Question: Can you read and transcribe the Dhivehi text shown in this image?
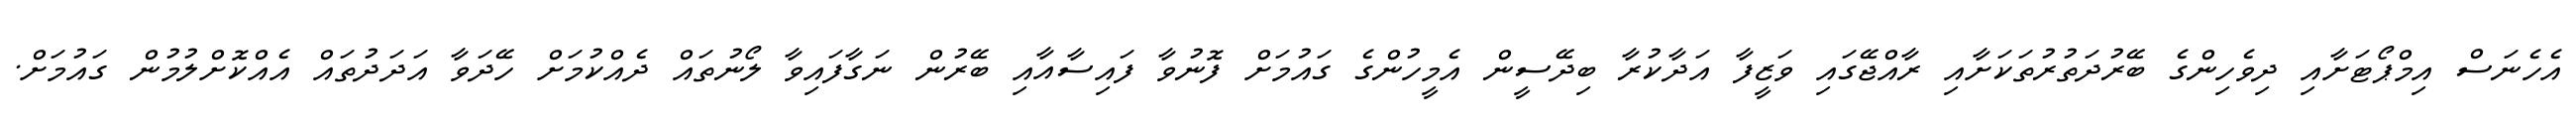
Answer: އެހެނަސް އިމްޕޯޓަށާއި ދިވެހިންގެ ބޭރުދަތުރުތަކަށާއި ރާއްޖޭގައި ވަޒީފާ އަދާކުރާ ބިދޭސީން އެމީހުންގެ ގައުމަށް ފޮނުވާ ފައިސާއާއި ބޭރުން ނަގާފައިވާ ލޯނުތައް ދެއްކުމަށް ހޭދަވާ އަދަދުތައް އެއްކޮށްލުމުން ގައުމަށް.